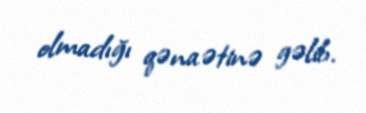
olmadığı qənaətinə gəlib.